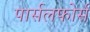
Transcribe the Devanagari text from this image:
पार्सलफोर्स